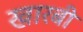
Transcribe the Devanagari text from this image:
खारबी